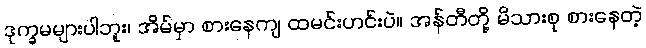
ဒုက္ခမများပါဘူး၊ အိမ်မှာ စားနေကျ ထမင်းဟင်းပဲ။ အန်တီတို့ မိသားစု စားနေတဲ့